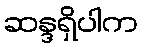
ဆန္ဒရှိပါက